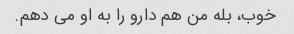
خوب، بله من هم دارو را به او می دهم.